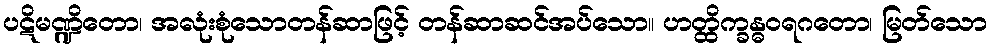
ပဋိမဏ္ဍိတော၊ အလုံးစုံသောတန်ဆာဖြင့် တန်ဆာဆင်အပ်သော။ ဟတ္ထိက္ခန္ဓဝရဂတော၊ မြတ်သော